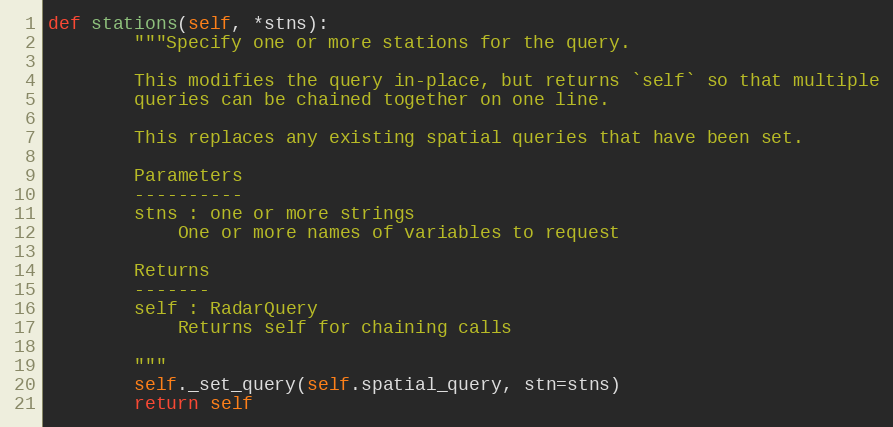
Language: Python
def stations(self, *stns):
        """Specify one or more stations for the query.

        This modifies the query in-place, but returns `self` so that multiple
        queries can be chained together on one line.

        This replaces any existing spatial queries that have been set.

        Parameters
        ----------
        stns : one or more strings
            One or more names of variables to request

        Returns
        -------
        self : RadarQuery
            Returns self for chaining calls

        """
        self._set_query(self.spatial_query, stn=stns)
        return self